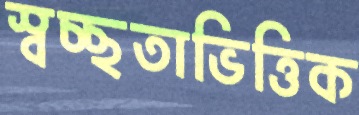
স্বচ্ছতাভিত্তিক